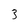
Character: 3